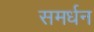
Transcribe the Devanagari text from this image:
समर्धन